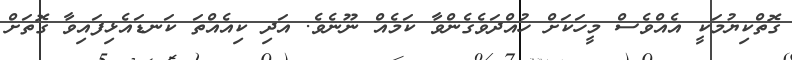
ގޮތްކިޔުމަކީ އެއްވެސް މީހަކަށް ހުއްދަވެގެންވާ ކަމެއް ނޫނެވެ. އަދި ކިއެއްތަ ކަނޑައެޅިފައިވާ ގޮތަށް